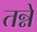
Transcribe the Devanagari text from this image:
तन्ने